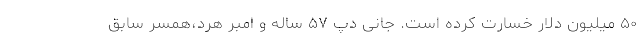
۵۰ میلیون دلار خسارت کرده است. جانی دپ ۵۷ ساله و امبر هرد،‌همسر سابق